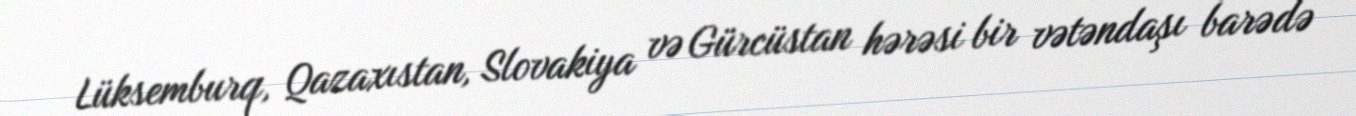
Lüksemburq, Qazaxıstan, Slovakiya və Gürcüstan hərəsi bir vətəndaşı barədə